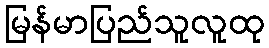
မြန်မာပြည်သူလူထု